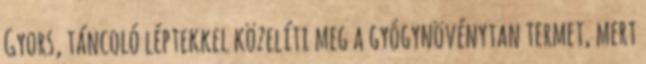
Gyors, táncoló léptekkel közelíti meg a gyógynövénytan termet, mert